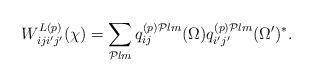
LaTeX: \begin{align*}W^{L(p)}_{iji'j'}(\chi) =\sum_{{\cal P}lm} q_{ij}^{(p){\cal P}lm}(\Omega ) q^{(p){\cal P}lm}_{i'j'}(\Omega ')^{*}.\end{align*}